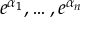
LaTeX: e ^ { \alpha _ { 1 } } , \ldots , e ^ { \alpha _ { n } }